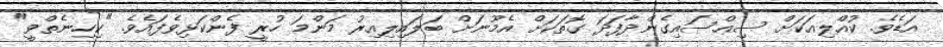
އަޑެވެ. ކުއްލިއަކަށް ސިއްސައިގެންދާފަދަ ގޮތަކަށް އެމޫނަށް ބަލައިލިއިރު މަންމަ ހުރީ ފެންކަޅިވެފައެވެ. "ކިހިނެތްވީ"